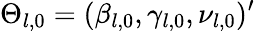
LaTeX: \Theta_{l,0}=(\beta_{l,0},\gamma_{l,0},\nu_{l,0})^{\prime}